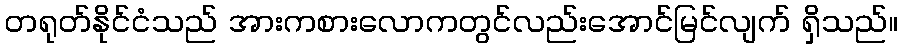
တရုတ်နိုင်ငံသည် အားကစားလောကတွင်လည်းအောင်မြင်လျက် ရှိသည်။